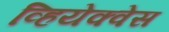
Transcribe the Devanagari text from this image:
व्हियेक्वेस